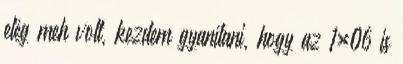
elég meh volt, kezdem gyanítani, hogy az 1×06 is